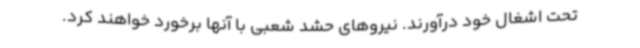
تحت اشغال خود درآورند. نیروهای حشد شعبی با آنها برخورد خواهند کرد.